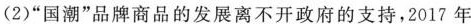
(2)”国潮”品牌商品的发展离不开政府的支持，2017年